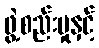
ဖွဲ့စည်းမှုနှင့်